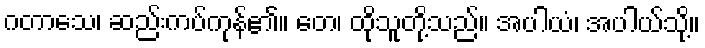
ဂတာသေ၊ ဆည်းကပ်ကုန်၏။ တေ၊ ထိုသူတို့သည်။ အပါယံ၊ အပါယ်သို့။